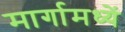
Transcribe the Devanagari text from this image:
मार्गामध्यें